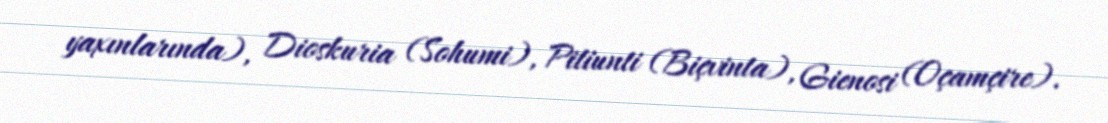
yaxınlarında), Dioskuria (Sohumi), Pitiunti (Biçvinta), Gienosi (Oçamçire).